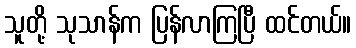
သူတို့ သုသာန်က ပြန်လာကြပြီ ထင်တယ်။